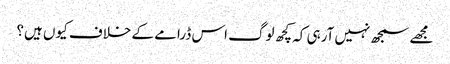
مجھے سمجھ نہیں آرہی کہ کچھ لوگ اس ڈرامے کے خلاف کیوں ہیں؟